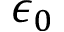
\epsilon _ { 0 }